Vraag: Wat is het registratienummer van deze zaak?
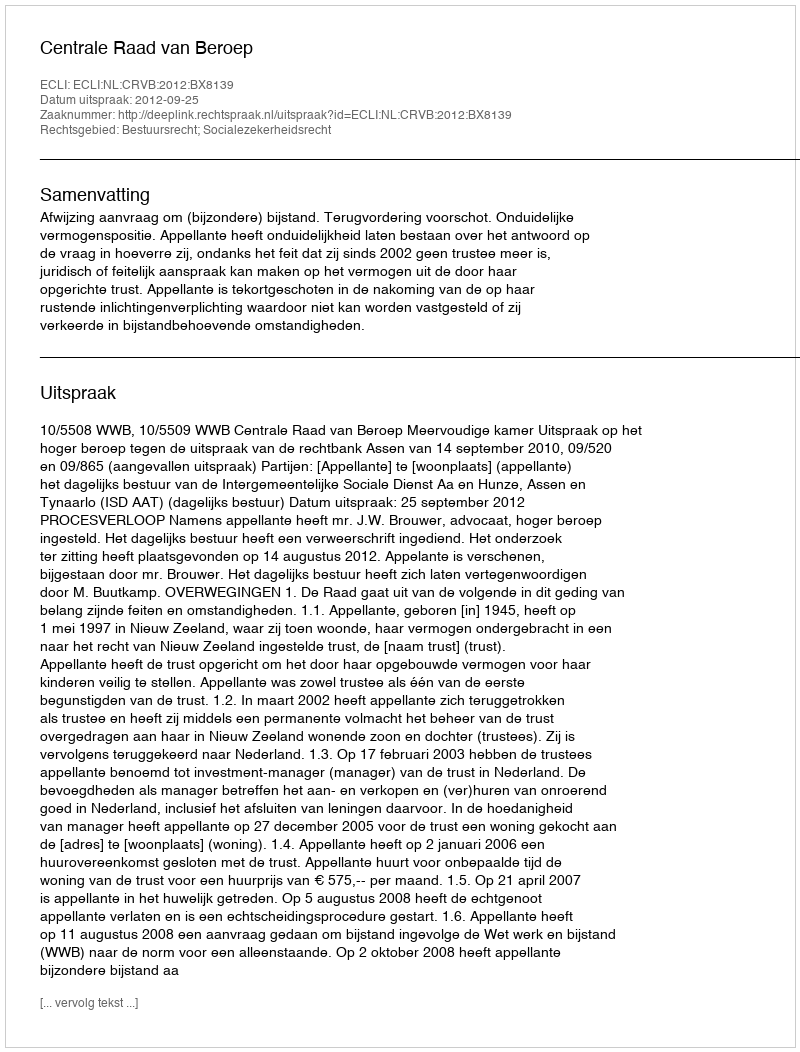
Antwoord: http://deeplink.rechtspraak.nl/uitspraak?id=ECLI:NL:CRVB:2012:BX8139